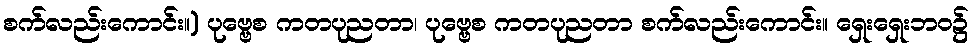
စက်လည်းကောင်း။) ပုဗ္ဗေစ ကတပုညတာ၊ ပုဗ္ဗေစ ကတပုညတာ စက်လည်းကောင်း။ ရှေးရှေးဘဝ၌